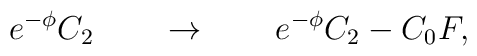
e^{-\phi} C_2 \qquad \rightarrow \qquad e^{-\phi} C_2 -C_0 F,